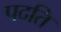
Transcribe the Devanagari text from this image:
पदति